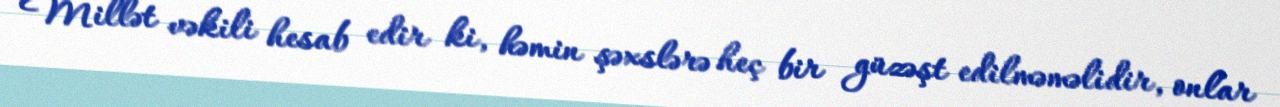
Millət vəkili hesab edir ki, həmin şəxslərə heç bir güzəşt edilməməlidir, onlar